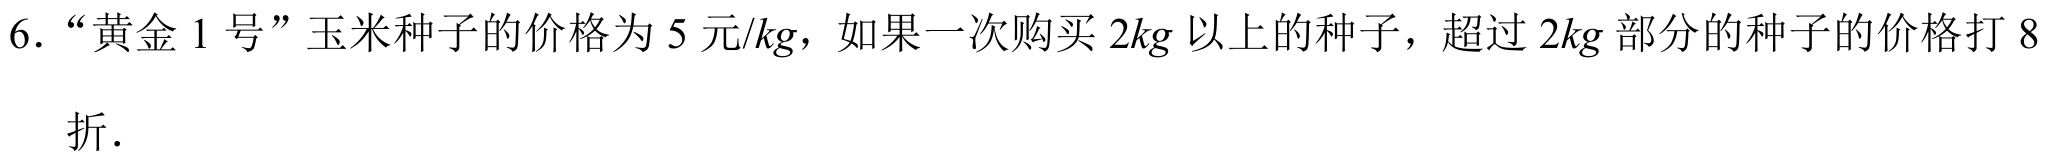
6. “黄金 \(1\) 号”玉米种子的价格为 \(5\) 元/\(kg\)，如果一次购买 \(2kg\) 以上的种子，超过 \(2kg\) 部分的种子的价格打 \(8\)折.